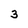
Character: 3